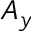
A _ { y }